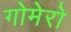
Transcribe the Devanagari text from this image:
गोमेरो